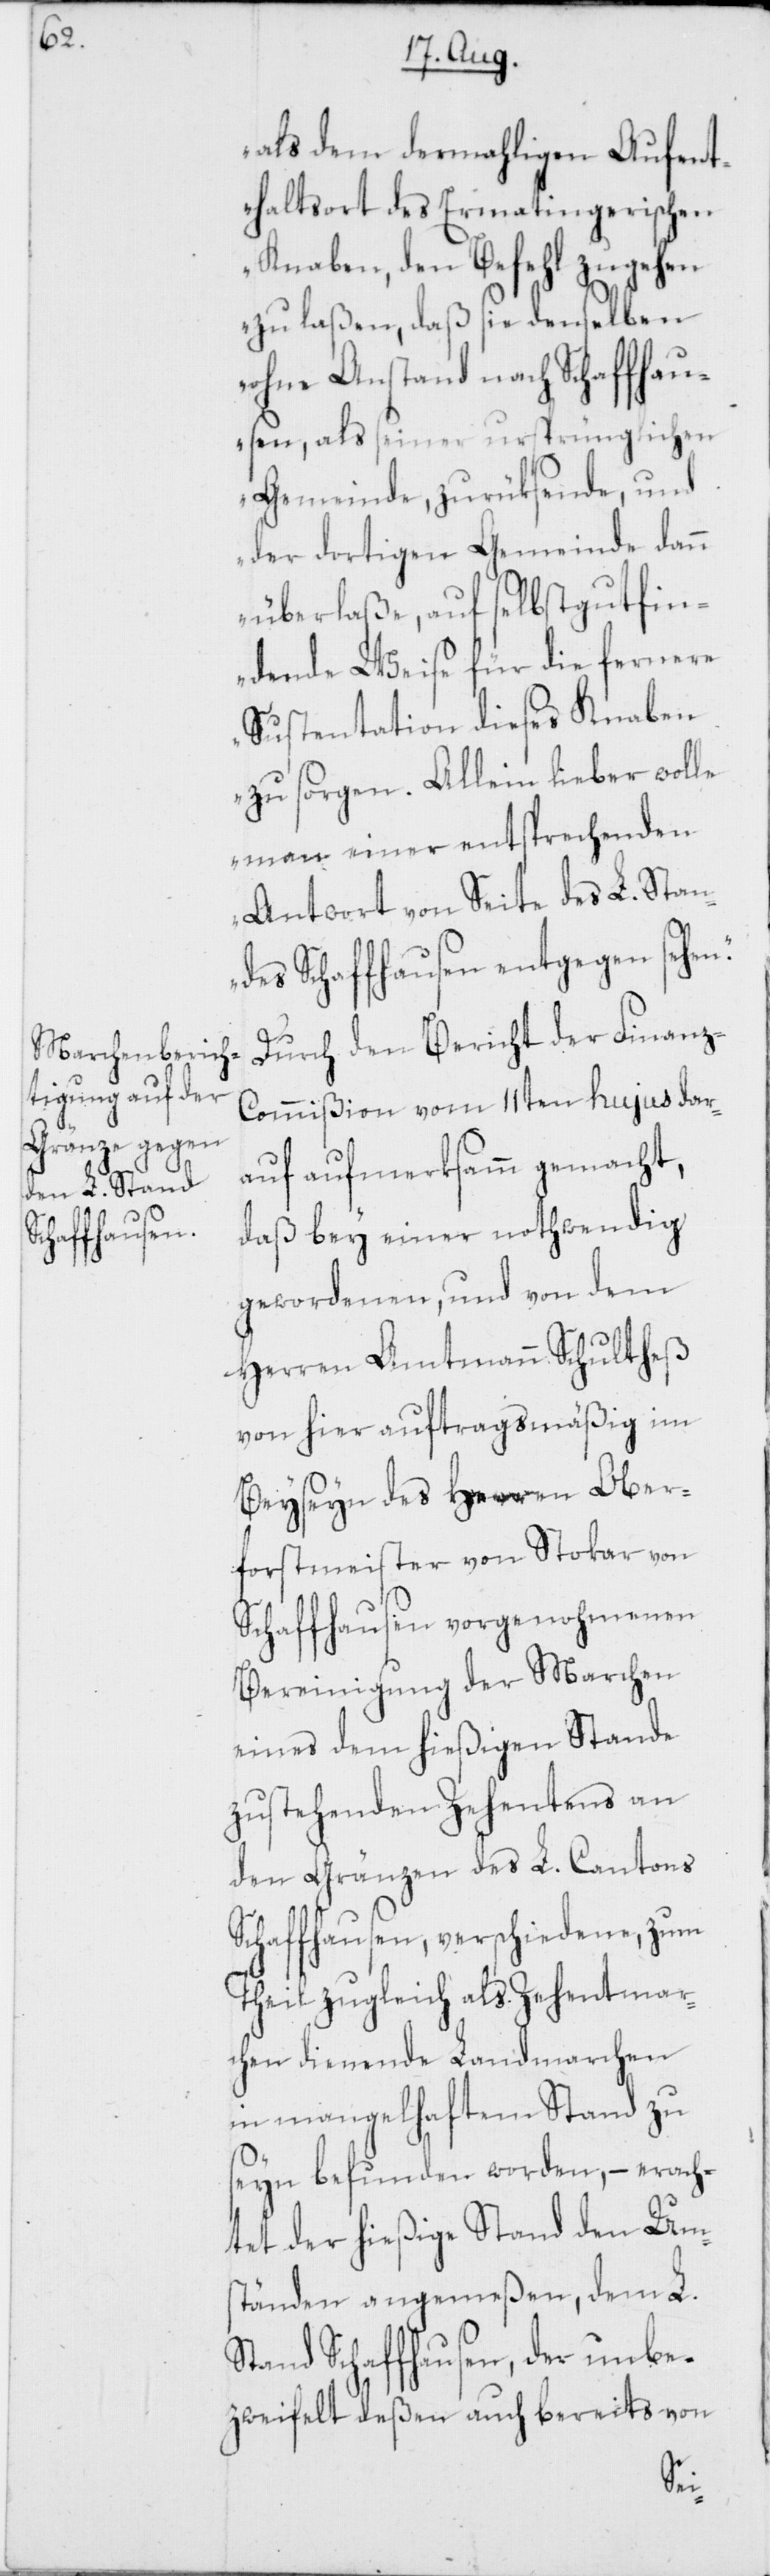
als dem dermahligen Aufent¬
haltsort des Ermatingerischen
Knaben, den Befehl zugehen
zu laßen, daß sie denselben
ohne Anstand nach Schaffhau¬
sen, als seiner ursprünglichen
Gemeinde, zurüksende, und
der dortigen Gemeinde dann
überlaße, auf selbstgutfin¬
dende Weise für die fernere
Sustentation dieses Knaben
zu sorgen. Allein lieber wolle
man einer entsprechenden
Antwort von Seite des L. Stan¬
des Schaffhausen entgegen sehen.“
Durch den Bericht der Finanz-C¬
ommißion vom 11ten hujus dar¬
auf aufmerksamm gemacht,
daß bey einer nothwendig
gewordenen, und von dem
Herren Amtmann Schultheß
von hier auftragsmäßig im
Beyseyn des Herren Ober¬
forstmeister von Stokar von
Schaffhausen vorgenohmenen
Bereinigung der Marchen
eines dem hießigen Stande
zustehenden Zehentens an
den Gränzen des L. Cantons
Schaffhausen, verschiedene, zum
Theil zugleich als Zehentmar¬
chen dienende Landmarchen
in mangelhaftem Stand zu
seyn befunden worden, – erach¬
tet der hießige Stand den Ums¬
tänden angemeßen, dem L.
Stand Schaffhausen, der unbe¬
zweifelt deßen auch bereits von